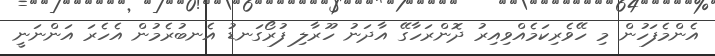
އެންމެފަހުން މި ހޭވެރިކަމެއްވިއިރު ދޮންރަހާގޭ އާދަނު ހޫރާލި ފުރޯގަނޑު އެނބުރެމުން އެހެރަ އަންނަނީ